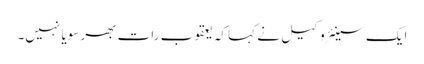
ایک سینئر وکیل نے کہا کہ یعقوب رات بھر سویا نہیں۔